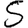
Digit: 5